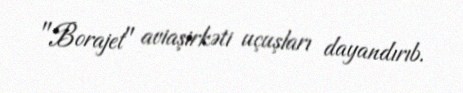
"Borajet" aviaşirkəti uçuşları dayandırıb.